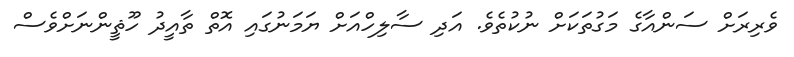
ވެރިރަށް ސަންއާގެ މަގުތަކަށް ނުކުތެވެ. އަދި ސާލިހްއަށް ޔަމަނުގައި އޮތް ތާއީދު ހޫޘީންނަށްވެސް